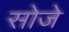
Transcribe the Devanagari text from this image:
सोजे